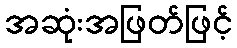
အဆုံးအဖြတ်ဖြင့်